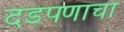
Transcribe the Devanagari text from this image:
दडपणाचा